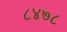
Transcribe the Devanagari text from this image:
८४७८